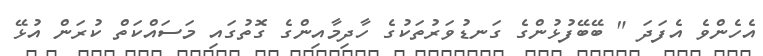
އެހެންވެ އެފަދަ " ބޭބޭފުޅުންގެ ގަނޑުވަރުތަކުގެ ހާދިމާއިންގެ ގޮތުގައި މަސައްކަތް ކުރަން އުޅޭ